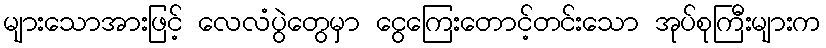
များသောအားဖြင့် လေလံပွဲတွေမှာ ငွေကြေးတောင့်တင်းသော အုပ်စုကြီးများက